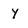
Character: Y